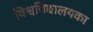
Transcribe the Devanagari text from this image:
विश्वविद्यालयका